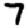
Digit: 7